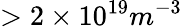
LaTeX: >2\times 10^{19}m^{-3}